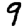
Digit: 9